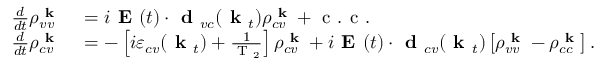
\begin{array} { r l } { \frac { d } { d t } \rho _ { v v } ^ { \textbf { k } } } & { { } = i \textbf { E } ( t ) \cdot \textbf { d } _ { v c } ( \textbf { k } _ { t } ) \rho _ { c v } ^ { \textbf { k } } + \textrm { c . c . } } \\ { \frac { d } { d t } \rho _ { c v } ^ { \textbf { k } } } & { { } = - \left[ i \varepsilon _ { c v } ( \textbf { k } _ { t } ) + \frac { 1 } { \textrm { T } _ { 2 } } \right] \rho _ { c v } ^ { \textbf { k } } + i \textbf { E } ( t ) \cdot \textbf { d } _ { c v } ( \textbf { k } _ { t } ) \left[ \rho _ { v v } ^ { \textbf { k } } - \rho _ { c c } ^ { \textbf { k } } \right] . } \end{array}